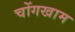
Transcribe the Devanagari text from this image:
चोंगखाम